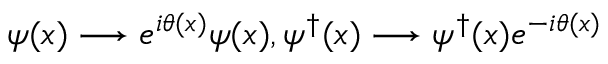
\psi ( x ) \longrightarrow e ^ { i \theta ( x ) } \psi ( x ) , \psi ^ { \dag } ( x ) \longrightarrow \psi ^ { \dag } ( x ) e ^ { - i \theta ( x ) }